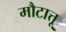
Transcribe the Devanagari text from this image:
मौटात्तू